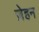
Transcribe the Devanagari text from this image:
ज़ेहन